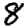
Digit: 8